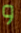
و